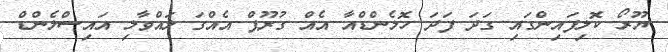
ޔޫރޯ ކޮލިފައިންގައި ގަދަ ފަދަ ހޮލެންޑްއާ އެއް ގުރޫޕް އެއްގަ ލައްވާލި އައިސްލެންޑް